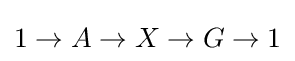
1\to A\to X\to G\to 1